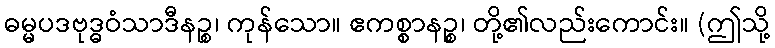
ဓမ္မပဒဗုဒ္ဓဝံသာဒီနဉ္စ၊ ကုန်သော။ ဧကစ္စာနဉ္စ၊ တို့၏လည်းကောင်း။ (ဤသို့